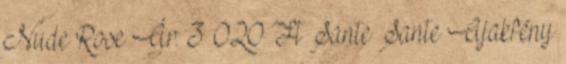
Nude Rose Ár: 3 020 Ft Sante Sante Ajakfény